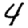
Digit: 4